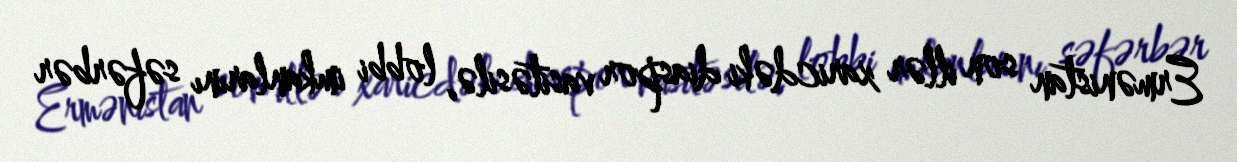
Ermənistan son illər xaricdəki diaspor vasitəsilə, lobbi imkanlarını səfərbər